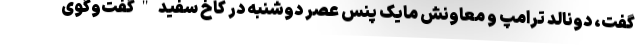
گفت، دونالد ترامپ و معاونش مایک پنس عصر دوشنبه در کاخ سفید "گفت‌وگوی